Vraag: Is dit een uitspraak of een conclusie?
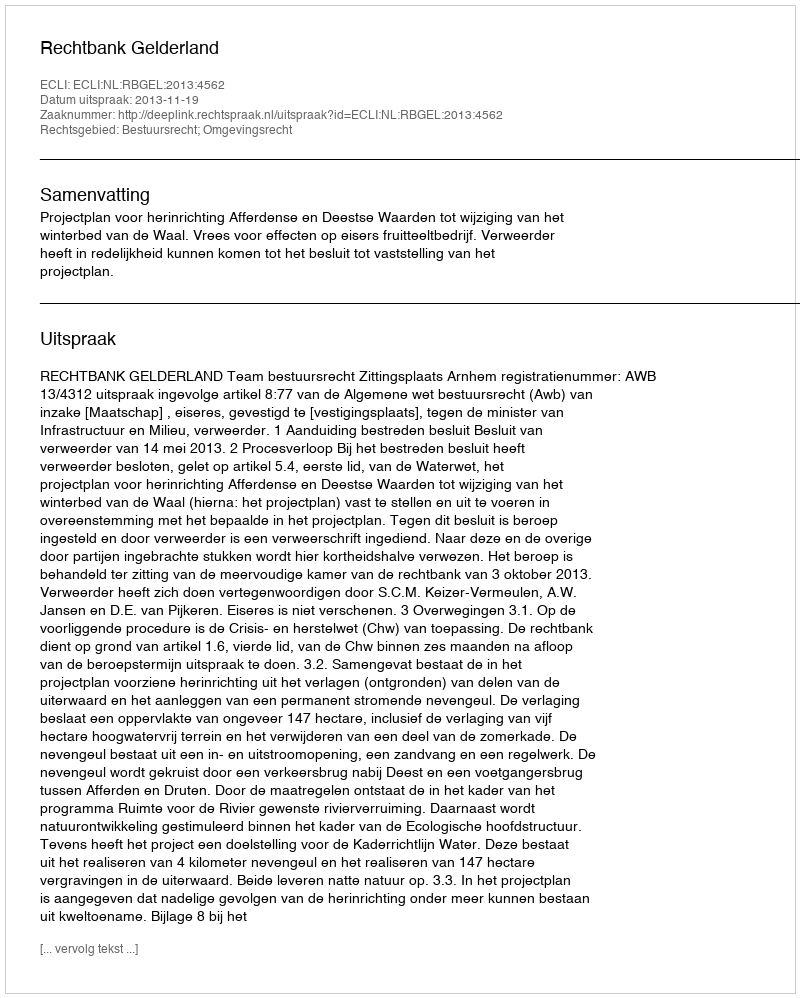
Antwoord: Uitspraak